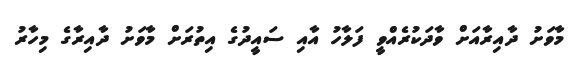
މާވަށު ދާއިރާއަށް ވާދަކުރެއްވީ ފަލާހު އާއި ސައީދުގެ އިތުރަށް މާވަށު ދާއިރާގެ މިހާރު